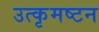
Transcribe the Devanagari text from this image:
उत्कृमष्टन